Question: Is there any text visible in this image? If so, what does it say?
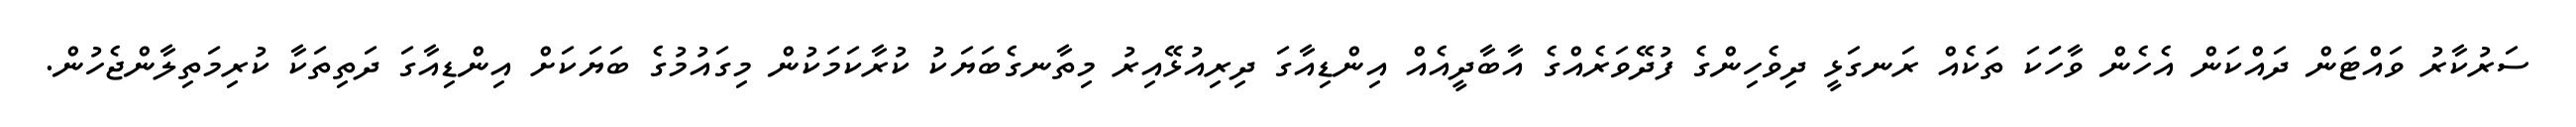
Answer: ސަރުކާރު ވައްޓަން ދައްކަން އެހެން ވާހަަކަ ތަކެއް ރަނގަޅީ ދިވެހިންގެ ފުދޭވަރެއްގެ އާބާދީއެއް އިންޑިއާގަ ދިރިއުޅޭއިރު މިތާނގެބަޔަކު ކުރާކަމަކުން މިގައުމުގެ ބަޔަކަށް އިންޑިއާގަ ދަތިތަކާ ކުރިމަތިލާންޖެހުން.